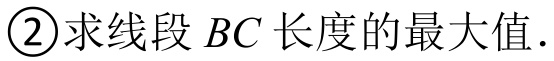
\textcircled{2}求线段\(BC\)长度的最大值.